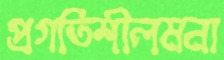
প্রগতিশীলমনা